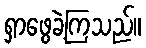
ရှာဖွေခဲ့ကြသည်။